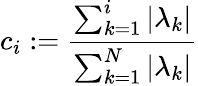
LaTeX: c_{i}:=\frac{\sum_{k=1}^{i}|\lambda_{k}|}{\sum_{k=1}^{N}|\lambda_{k}|}